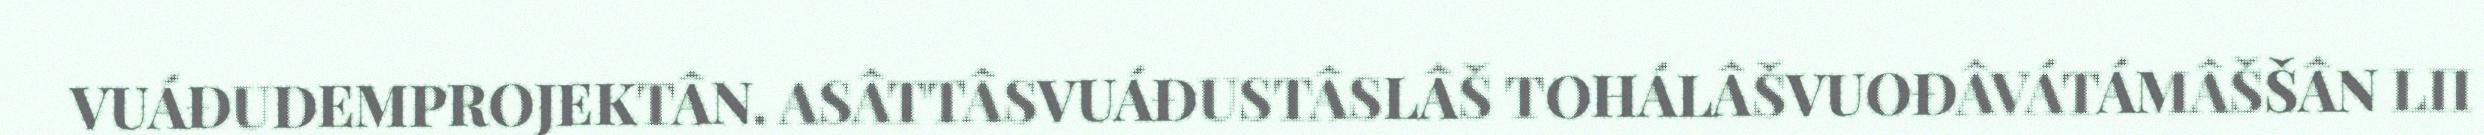
VUÁĐUDEMPROJEKTÂN. ASÂTTÂSVUÁĐUSTÂSLÂŠ TOHÁLÂŠVUOĐÂVÁTÁMÂŠŠÂN LII